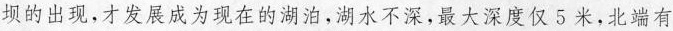
坝的出现，才发展成为现在的湖泊，湖水不深，最大深度仅5米，北端有